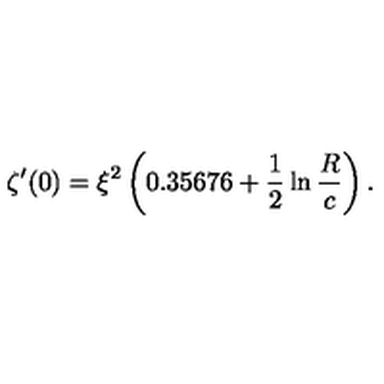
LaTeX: \zeta ^ { \prime } ( 0 ) = \xi ^ { 2 } \left( 0 . 3 5 6 7 6 + \frac { 1 } { 2 } \ln \frac { R } { c } \right) .